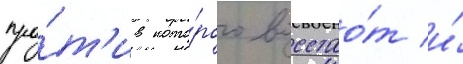
про́т'ив кото́рого восстао́т и́